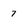
Character: 7